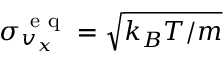
\sigma _ { v _ { x } } ^ { \mathrm { ~ e ~ q ~ } } = \sqrt { k _ { B } T / m }